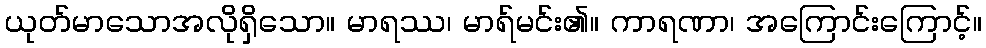
ယုတ်မာသောအလိုရှိသော။ မာရဿ၊ မာရ်မင်း၏။ ကာရဏာ၊ အကြောင်းကြောင့်။